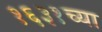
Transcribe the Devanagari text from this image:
१६३१च्या